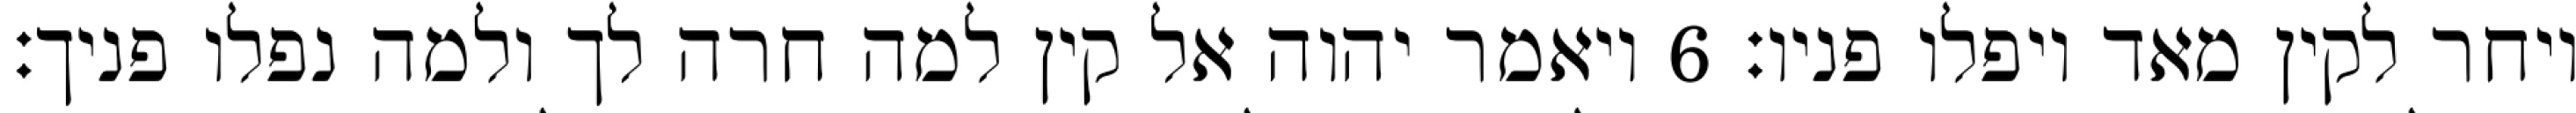
ויחר לקין מאד ויפלו פניו׃ ‎6‏ ויאמר יהוה אל קין למה חרה לך ולמה נפלו פניך׃